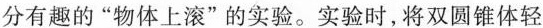
分有趣的”物体上滚”的实验。实验时，将双圆锥体轻